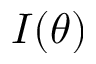
I ( \theta )